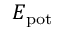
E _ { \mathrm { p o t } }